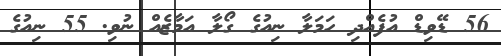
56 ޑޭވިޑް އުފެއްދި ހަމަލާ ނިއުގެ ގޯލާ އަމާޒެއް ނުވި. 55 ނިއުގެ